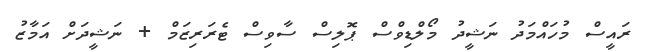
ރައީސް މުހައްމަދު ނަޝީދު މޯލްޑިވްސް ޕޮލިސް ސާވިސް ޓެރަރިޒަމް + ނަޝީދަށް އަމާޒު